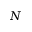
N